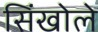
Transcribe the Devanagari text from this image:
सिंखोले